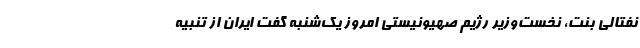
نفتالی بنت، نخست‌وزیر رژیم صهیونیستی امروز یک‌شنبه گفت ایران از تنبیه